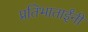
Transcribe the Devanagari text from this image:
प्रतिभाताईंनी